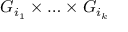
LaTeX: G _ { i _ { 1 } } \times \ldots \times G _ { i _ { k } }